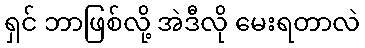
ရှင် ဘာဖြစ်လို့ အဲဒီလို မေးရတာလဲ